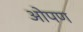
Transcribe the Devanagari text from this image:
ओपण